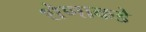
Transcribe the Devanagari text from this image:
शेणाकडे